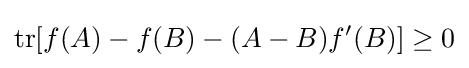
\mathrm {tr} [f(A)-f(B)-(A-B)f'(B)]\geq 0